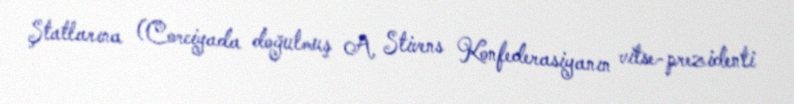
Ştatlarına (Corciyada doğulmuş A. Stivens Konfederasiyanın vitse-prezidenti